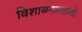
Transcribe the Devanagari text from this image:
विशाळगडासाठी